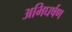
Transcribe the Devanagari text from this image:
अभिघर्षण